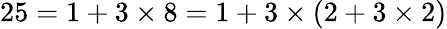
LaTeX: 25=1+3\times 8=1+3\times(2+3\times 2)